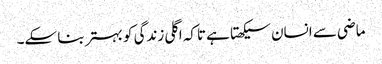
ماضی سے انسان سیکھتا ہے تاکہ اگلی زندگی کو بہتر بنا سکے۔